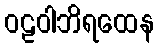
ဝဠဝါဘိရထေန